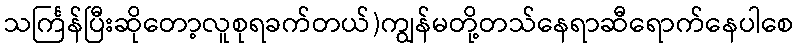
သင်္ကြန်ပြီးဆိုတော့လူစုရခက်တယ်)ကျွန်မတို့တသ်နေရာဆီရောက်နေပါစေ